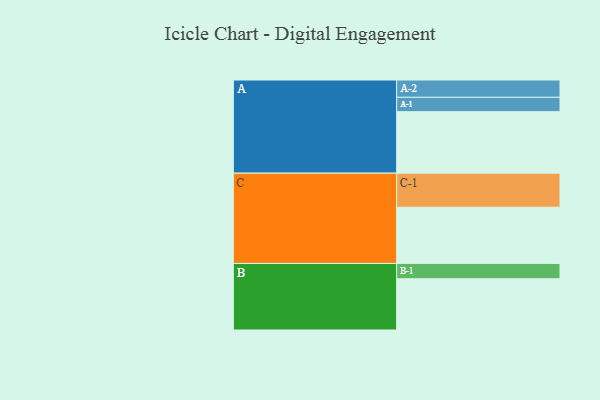
{"axis": {"x": "Segment", "y": "Value"}, "legend": ["", "A", "B", "C"], "data": [{"x": "A", "y": 487, "type": ""}, {"x": "B", "y": 406, "type": ""}, {"x": "C", "y": 445, "type": ""}, {"x": "A-1", "y": 114, "type": "A"}, {"x": "A-2", "y": 137, "type": "A"}, {"x": "B-1", "y": 121, "type": "B"}, {"x": "C-1", "y": 270, "type": "C"}]}